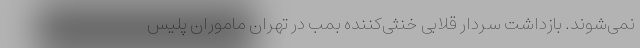
نمی‌شوند. بازداشت سردار قلابی خنثی‌کننده بمب در تهران ماموران پلیس